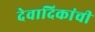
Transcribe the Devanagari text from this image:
देवादिकांची